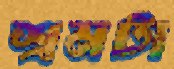
শ্রমটা